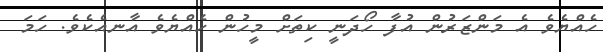
ހެއްޔެވެ އެ މަންޒަރުން އުފާ ހޯދަނީ ކިތަށް މީހުން ހެއްޔެވެ އާނއެކެވެ. ހަމަ